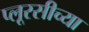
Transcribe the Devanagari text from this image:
प्लूरसीच्या